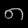
Digit: ၈